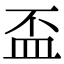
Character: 盃